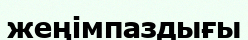
жеңімпаздығы